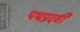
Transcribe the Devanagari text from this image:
पथप्रदर्शी